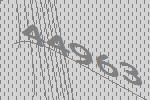
44963